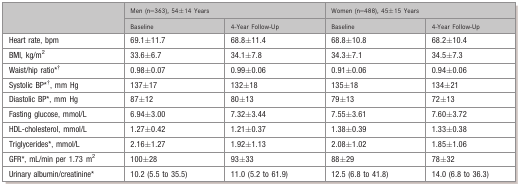
<table><thead><tr><td rowspan="2"></td><td colspan="2"><b>Men (n=363), 54±14 Years</b></td><td colspan="2"><b>Women (n=488), 45±15 Years</b></td></tr><tr><td><b>Baseline</b></td><td><b>4‐Year Follow‐Up</b></td><td><b>Baseline</b></td><td><b>4‐Year Follow‐Up</b></td></tr></thead><tbody><tr><td>Heart rate, bpm</td><td>69.1±11.7</td><td>68.8±11.4</td><td>68.8±10.8</td><td>68.2±10.4</td></tr><tr><td>BMI, kg/m<sup>2</sup></td><td>33.6±6.7</td><td>34.1±7.8</td><td>34.3±7.1</td><td>34.5±7.3</td></tr><tr><td>Waist/hip ratio**</td><td>0.98±0.07</td><td>0.99±0.06</td><td>0.91±0.06</td><td>0.94±0.06</td></tr><tr><td>Systolic BP**, mm Hg</td><td>137±17</td><td>132±18</td><td>135±18</td><td>134±21</td></tr><tr><td>Diastolic BP*, mm Hg</td><td>87±12</td><td>80±13</td><td>79±13</td><td>72±13</td></tr><tr><td>Fasting glucose, mmol/L</td><td>6.94±3.00</td><td>7.32±3.44</td><td>7.55±3.61</td><td>7.60±3.72</td></tr><tr><td>HDL‐cholesterol, mmol/L</td><td>1.27±0.42</td><td>1.21±0.37</td><td>1.38±0.39</td><td>1.33±0.38</td></tr><tr><td>Triglycerides*, mmol/L</td><td>2.16±1.27</td><td>1.92±1.13</td><td>2.08±1.02</td><td>1.85±1.06</td></tr><tr><td>GFR*, mL/min per 1.73 m<sup>2</sup></td><td>100±28</td><td>93±33</td><td>88±29</td><td>78±32</td></tr><tr><td>Urinary albumin/creatinine*</td><td>10.2 (5.5 to 35.5)</td><td>11.0 (5.2 to 61.9)</td><td>12.5 (6.8 to 41.8)</td><td>14.0 (6.8 to 36.3)</td></tr></tbody></table>